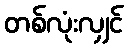
တစ်လုံးလျှင်